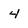
Character: 4